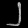
Digit: ၂